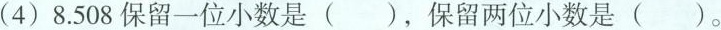
( 4 ) 8.508保留一位小数是 ( )，保留两位小数是( )。